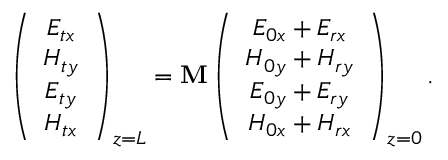
\left( \begin{array} { c } { E _ { t x } } \\ { H _ { t y } } \\ { E _ { t y } } \\ { H _ { t x } } \end{array} \right) _ { z = L } = \mathbf M \left( \begin{array} { c } { E _ { 0 x } + E _ { r x } } \\ { H _ { 0 y } + H _ { r y } } \\ { E _ { 0 y } + E _ { r y } } \\ { H _ { 0 x } + H _ { r x } } \end{array} \right) _ { z = 0 } .